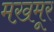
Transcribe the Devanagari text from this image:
मख़मूर